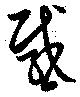
感